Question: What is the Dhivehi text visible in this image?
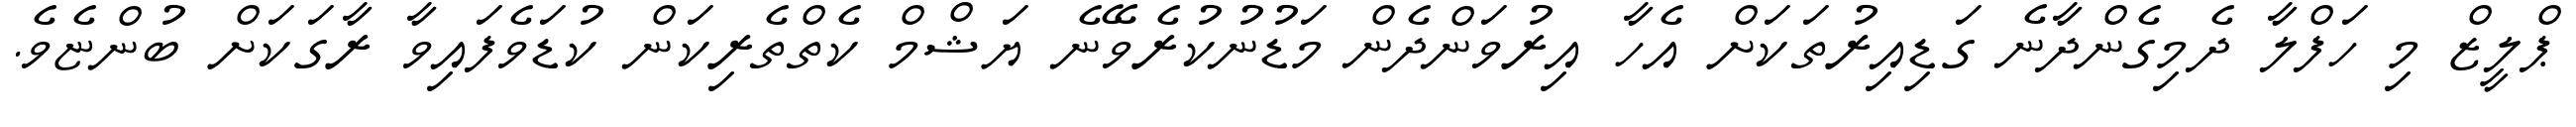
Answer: ޕްލީޒް މި ހަފްލާ ދެމިގެންދާނެ ގަޑިއިރުތަކަށް އެހާ އިރުވަންދެން މަޑުނުކުރެވޭނެ ޔަޝްމް ކެތްތެރިކަން ކުޑަވެފައިވާ ރާގަކަށް ބުންޏެވެ.